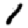
Digit: 1